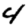
Digit: 4